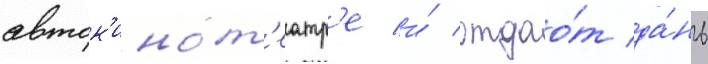
авток'инот'еатр'е и́ отдао́т да́нь